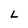
Character: L